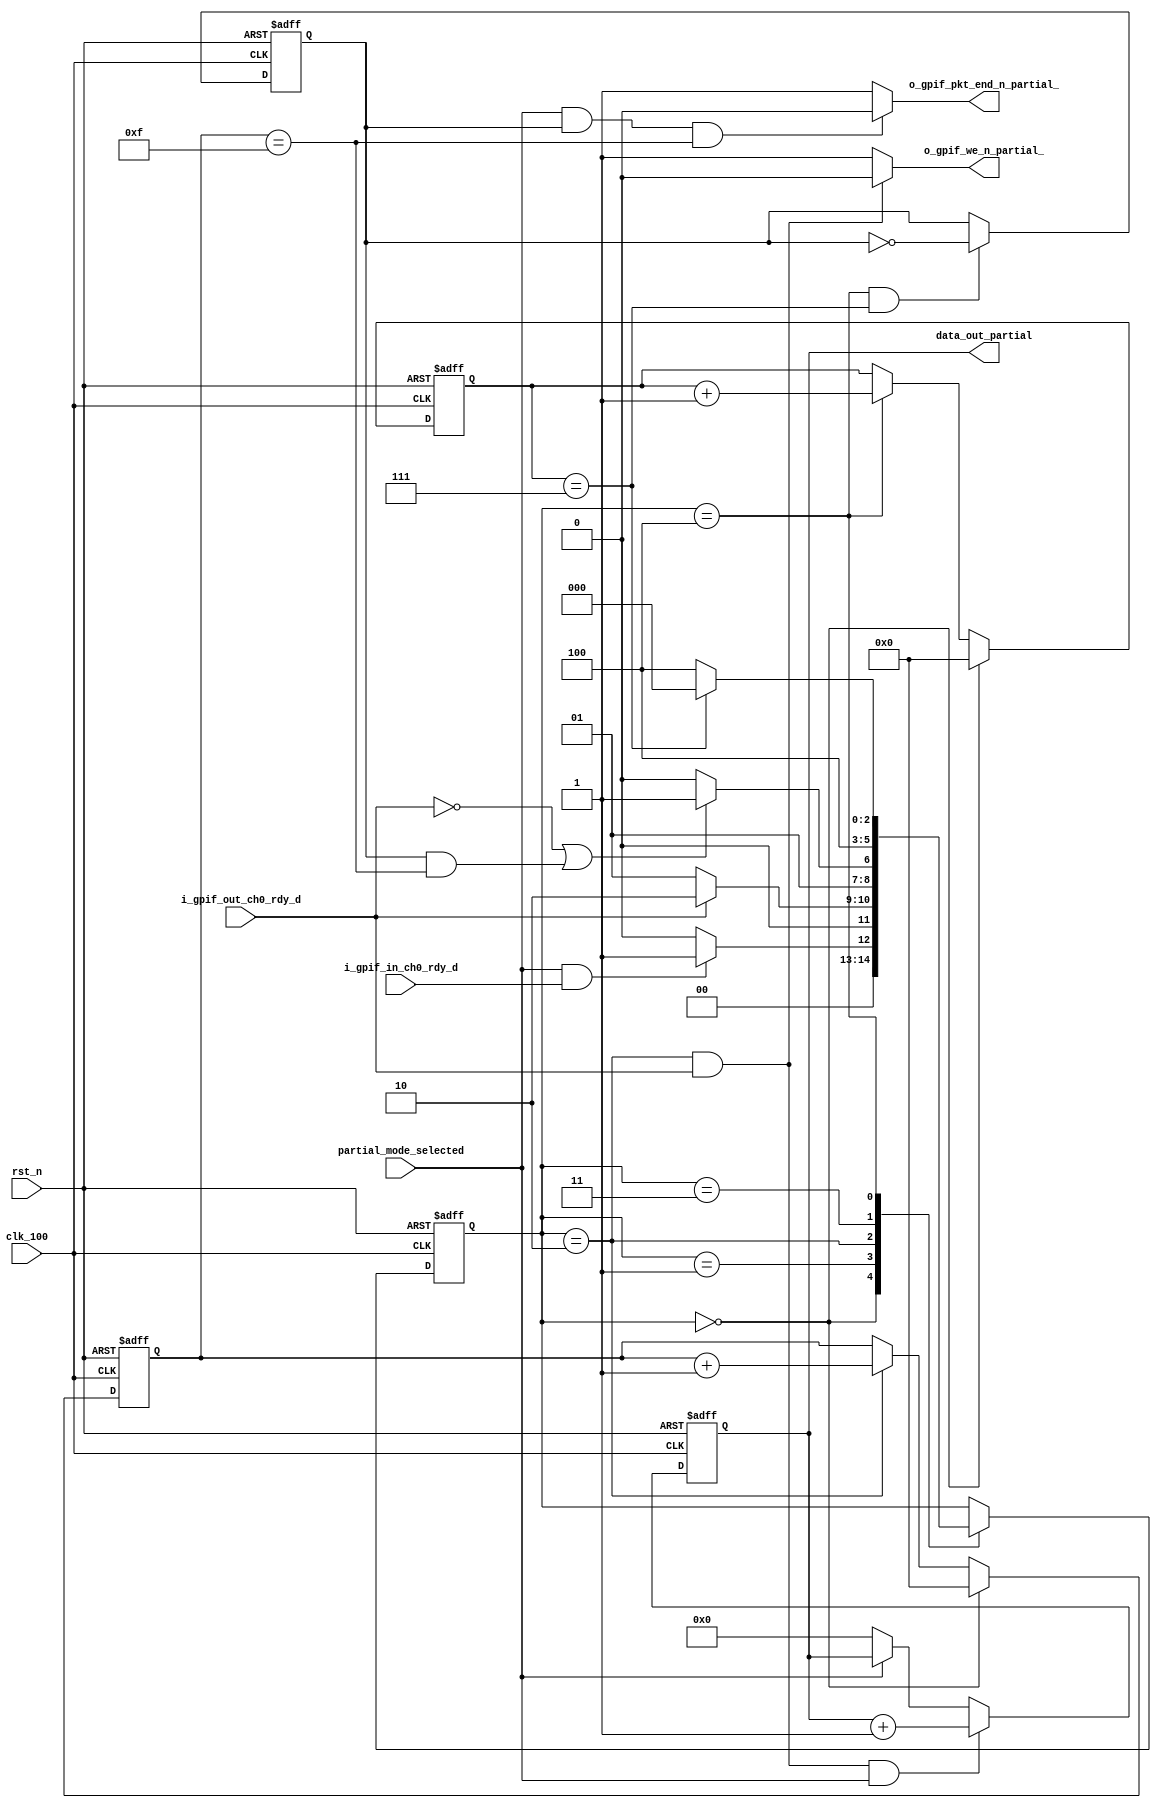
module prometheus_fx3_partial(
	input  rst_n,
        input  clk_100,
        input  partial_mode_selected,
        input  i_gpif_in_ch0_rdy_d,
        input  i_gpif_out_ch0_rdy_d,
        output o_gpif_we_n_partial_,
	output o_gpif_pkt_end_n_partial_,
        output [31:0] data_out_partial
);

reg [2:0]current_partial_state;
reg [2:0]next_partial_state;
//parameters for PARTIAL mode state machine
parameter [2:0] partial_idle                      = 3'd0;
parameter [2:0] partial_wait_flagb                = 3'd1;
parameter [2:0] partial_write                     = 3'd2;
parameter [2:0] partial_write_wr_delay            = 3'd3;
parameter [2:0] partial_wait		          = 3'd4;


reg [3:0] strob_cnt;
reg       strob; 
reg [3:0] short_pkt_cnt;
reg [31:0]data_gen_partial;
reg o_gpif_pkt_end_n_prtl_;

assign o_gpif_we_n_partial_ = ((current_partial_state == partial_write) && (i_gpif_out_ch0_rdy_d == 1'b1)) ? 1'b0 : 1'b1;

//counters for short pkt
always @(posedge clk_100, negedge rst_n)begin
	if(!rst_n)begin 
		short_pkt_cnt <= 4'd0;
	end else if(current_partial_state == partial_idle)begin
		short_pkt_cnt <= 4'd0;
	end else if((current_partial_state == partial_write))begin
		short_pkt_cnt <= short_pkt_cnt + 1'b1;
	end	
end

//counter to generate the strob for PARTIAL
always @(posedge clk_100, negedge rst_n)begin
	if(!rst_n)begin 
		strob_cnt <= 4'd0;
	end else if(current_partial_state == partial_idle)begin
		strob_cnt <= 4'd0;
	end else if(current_partial_state == partial_wait)begin
		strob_cnt <= strob_cnt + 1'b1;
	end	
end

//Strob logic
always@(posedge clk_100, negedge rst_n)begin
	if(!rst_n)begin
		strob <= 1'b0;
	end else if((current_partial_state == partial_wait) && (strob_cnt == 4'b0111)) begin
		strob <= !strob;
	end
end

always@(*)begin
	if((partial_mode_selected) & (strob == 1'b1) & (short_pkt_cnt == 4'b1111))begin
		o_gpif_pkt_end_n_prtl_ = 1'b0;
	end else begin
		o_gpif_pkt_end_n_prtl_ = 1'b1;
	end
end	

assign o_gpif_pkt_end_n_partial_ = o_gpif_pkt_end_n_prtl_;


//PARTIAL mode state machine
always @(posedge clk_100, negedge rst_n)begin
	if(!rst_n)begin 
		current_partial_state <= partial_idle;
	end else begin
		current_partial_state <= next_partial_state;
	end	
end

//PARTIAL mode state machine combo
always @(*)begin
	next_partial_state = current_partial_state;
	case(current_partial_state)
	partial_idle:begin
		if((partial_mode_selected) & (i_gpif_in_ch0_rdy_d == 1'b1))begin
			next_partial_state = partial_wait_flagb; 
		end else begin
			next_partial_state = partial_idle;
		end	
	end
	partial_wait_flagb :begin
		if (i_gpif_out_ch0_rdy_d == 1'b1)begin
			next_partial_state = partial_write; 
		end else begin
			next_partial_state = partial_wait_flagb; 
		end
	end
	partial_write:begin
		if((i_gpif_out_ch0_rdy_d == 1'b0) | ((strob == 1'b1) & (short_pkt_cnt == 4'b1111)))begin
			next_partial_state = partial_write_wr_delay;
		end else begin
		 	next_partial_state = partial_write;
		end
	end
        partial_write_wr_delay:begin
		next_partial_state = partial_wait;
	end
	partial_wait:begin
		if(strob_cnt == 4'b0111)begin
			next_partial_state = partial_idle;
		end else begin
			next_partial_state = partial_wait;
		end
	end	
	endcase
end


//data generator counter for Partial mode
always @(posedge clk_100, negedge rst_n)begin
	if(!rst_n)begin 
		data_gen_partial <= 32'd0;
	end else if((o_gpif_we_n_partial_ == 1'b0) & (partial_mode_selected)) begin
		data_gen_partial <= data_gen_partial + 1;
	end else if (!partial_mode_selected) begin
		data_gen_partial <= 32'd0;
	end	
end

assign data_out_partial = data_gen_partial;

endmodule